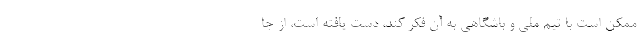
ممکن است با تیم ملی و باشگاهی به آن فکر کند، دست یافته است، از جا